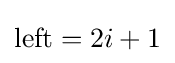
{\text{left}}=2i+1